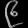
Digit: ၉